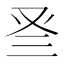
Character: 𠬴